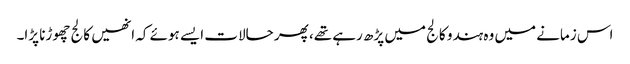
اس زمانے میں وہ ہندو کالج میں پڑھ رہے تھے، پھر حالات ایسے ہوئے کہ انھیں کالج چھوڑنا پڑا۔